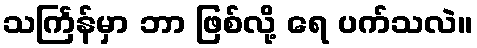
သင်္ကြန်မှာ ဘာ ဖြစ်လို့ ရေ ပက်သလဲ။